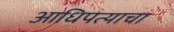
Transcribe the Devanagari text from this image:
आधिपत्याचा